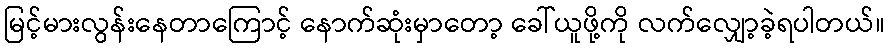
မြင့်မားလွန်းနေတာကြောင့် နောက်ဆုံးမှာတော့ ခေါ်ယူဖို့ကို လက်လျှော့ခဲ့ရပါတယ်။